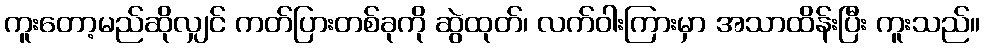
ကူးတော့မည်ဆိုလျှင် ကတ်ပြားတစ်ခုကို ဆွဲထုတ်၊ လက်ဝါးကြားမှာ အသာထိန်းပြီး ကူးသည်။